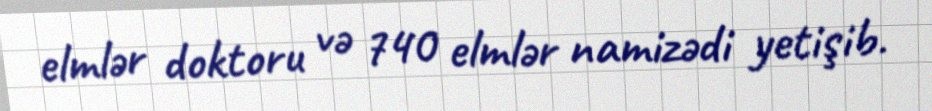
elmlər doktoru və 740 elmlər namizədi yetişib.